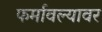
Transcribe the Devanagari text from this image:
फर्मावल्यावर